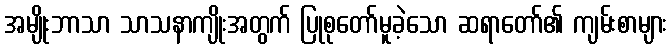
အမျိုးဘာသာ သာသနာကျိုးအတွက် ပြုစုတော်မူခဲ့သော ဆရာတော်၏ ကျမ်းစာများ